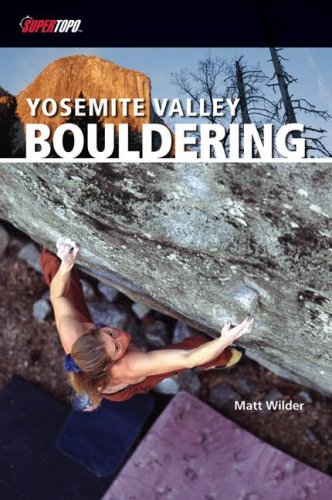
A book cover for Yosemite Valley Bouldering (Supertopo); Matt Wilder; Sports & Outdoors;